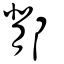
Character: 鄁